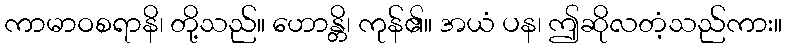
ကာမာဝစရာနိ၊ တို့သည်။ ဟောန္တိ၊ ကုန်၏။ အယံ ပန၊ ဤဆိုလတံ့သည်ကား။